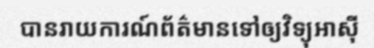
បានរាយការណ៍ព័ត៌មានទៅឲ្យវិទ្យុអាស៊ី